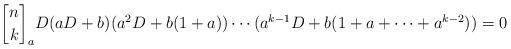
LaTeX: \begin{align*}{n \brack k}_a D(aD+b)(a^2D+b(1+a))\cdots (a^{k-1}D+b(1+a+\cdots +a^{k-2}))=0\end{align*}